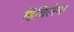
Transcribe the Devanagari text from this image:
हिचिलेमा